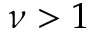
\nu > 1